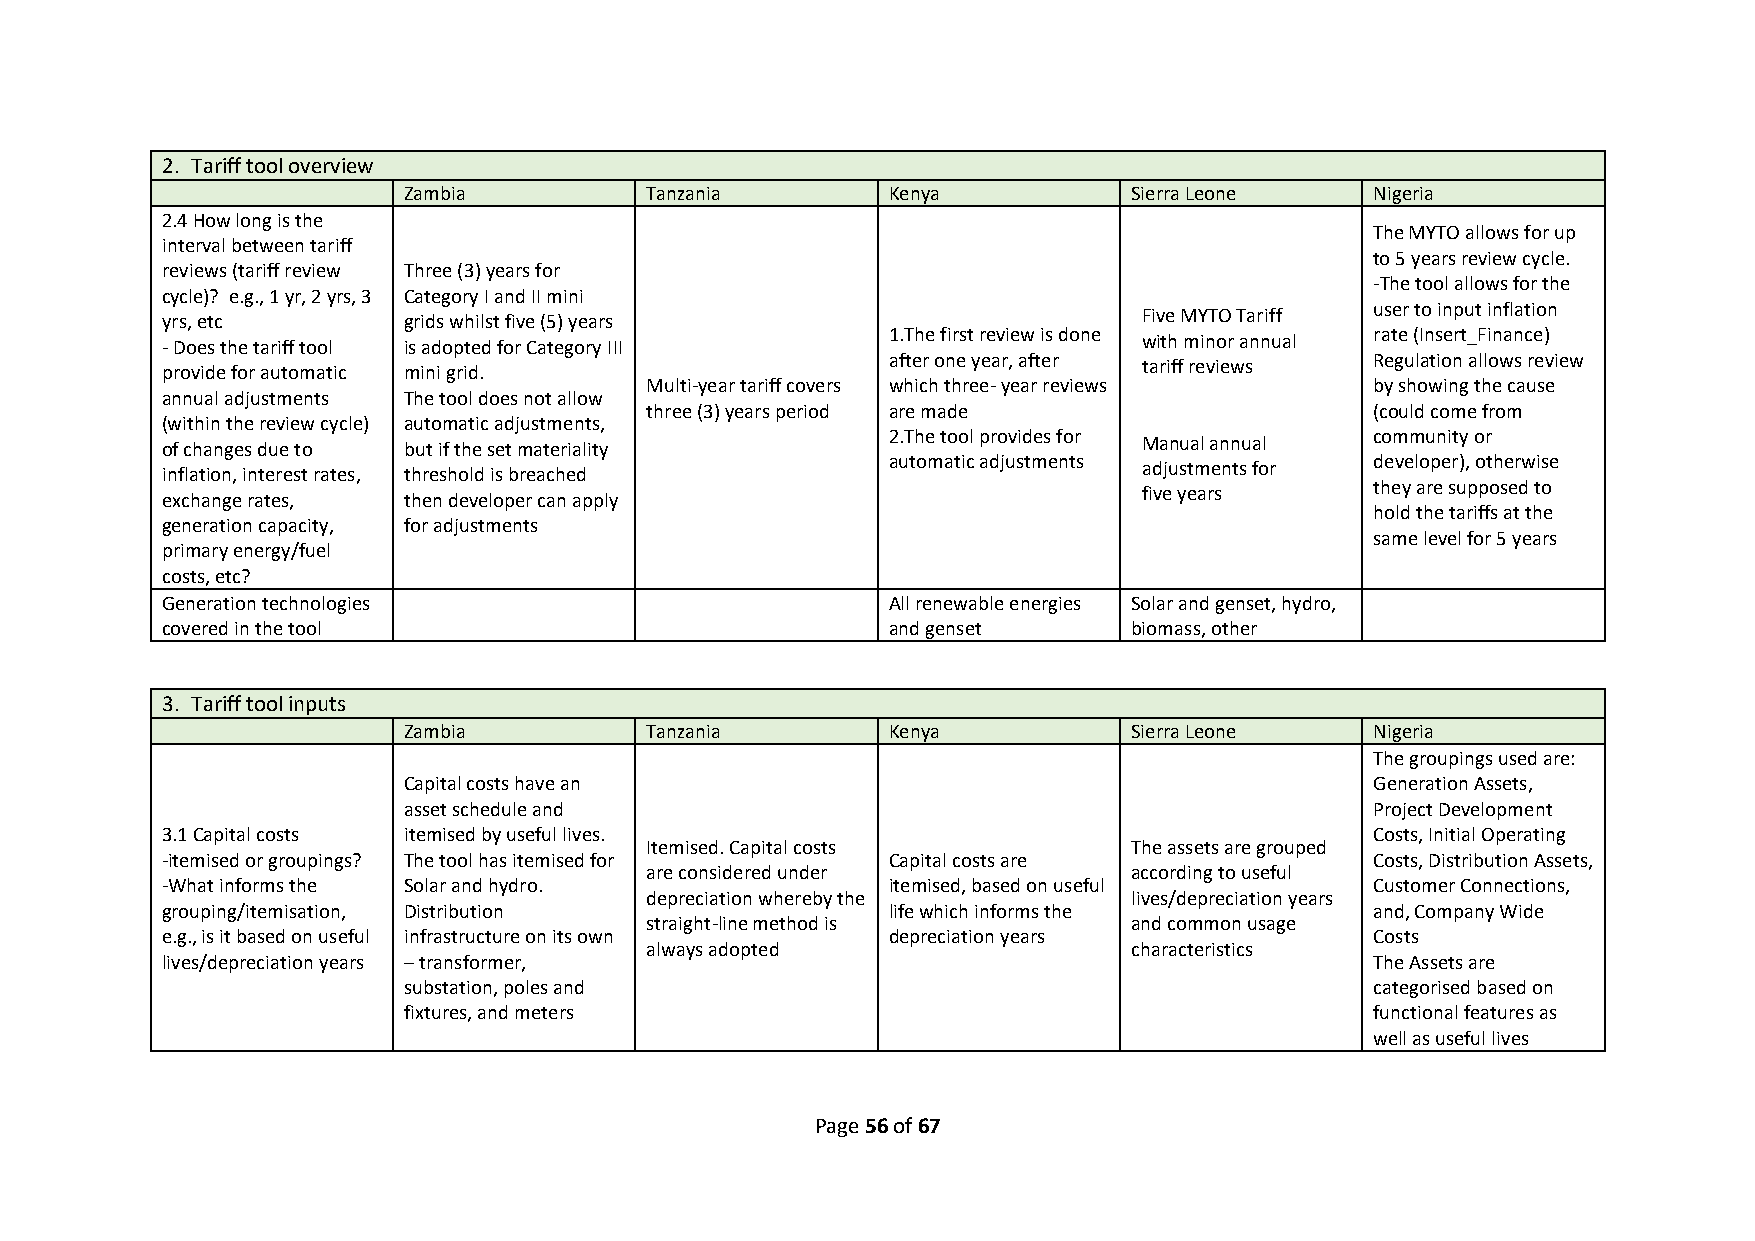
2. Tariff tool overview
 Zambia          Tanzania        Kenya           Sierra Leone    Nigeria
 2.4 How long is the
 The MYTO allows for up
 interval between tariff
 to 5 years review cycle.
 reviews (tariff review Three (3) years for
 -The tool allows for the
 cycle)? e.g., 1 yr, 2 yrs, 3 Category I and II mini
 Five MYTO Tariff user to input inflation
 yrs, etc        grids whilst five (5) years
 - Does the tariff tool is adopted for Category III 1.The first review is done with minor annual rate (Insert_Finance)
 after one year, after           Regulation allows review
 provide for automatic mini grid.                                 tariff reviews
 Multi-year tariff covers which three- year reviews by showing the cause
 annual adjustments The tool does not allow
 three (3) years period are made                 (could come from
 (within the review cycle) automatic adjustments,
 2.The tool provides for         community or
 of changes due to but if the set materiality                     Manual annual
 automatic adjustments           developer), otherwise
 inflation, interest rates, threshold is breached                 adjustments for
 they are supposed to
 exchange rates, then developer can apply                         five years
 hold the tariffs at the
 generation capacity, for adjustments
 same level for 5 years
 primary energy/fuel
 costs, etc?
 Generation technologies                         All renewable energies Solar and genset, hydro,
 covered in the tool                             and genset      biomass, other
 3. Tariff tool inputs
 Zambia          Tanzania        Kenya           Sierra Leone    Nigeria
 The groupings used are:
 Capital costs have an                                           Generation Assets,
 asset schedule and                                              Project Development
 3.1 Capital costs itemised by useful lives.                                     Costs, Initial Operating
 Itemised. Capital costs         The assets are grouped
 -itemised or groupings? The tool has itemised for Capital costs are             Costs, Distribution Assets,
 are considered under            according to useful
 -What informs the Solar and hydro.              itemised, based on useful       Customer Connections,
 depreciation whereby the        lives/depreciation years
 grouping/itemisation, Distribution              life which informs the          and, Company Wide
 straight-line method is         and common usage
 e.g., is it based on useful infrastructure on its own depreciation years        Costs
 always adopted                  characteristics
 lives/depreciation years – transformer,                                         The Assets are
 substation, poles and                                           categorised based on
 fixtures, and meters                                            functional features as
 well as useful lives
 Page 56 of 67